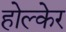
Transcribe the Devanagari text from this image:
होल्केर